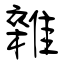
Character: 雜